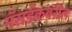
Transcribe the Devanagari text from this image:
नॅसडॅकवरील